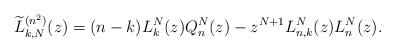
\begin{gather*} \widetilde{L}_{k,N}^{(n^{2})}(z) =(n-k) L_{k}^{N}(z) Q_{n}^{N}(z)-z^{N+1}L_{n,k}^{N}(z) L_{n}^{N}(z) .\end{gather*}